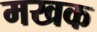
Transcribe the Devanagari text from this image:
मखक